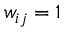
w _ { i j } = 1